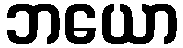
ဘယော